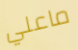
ماعلي